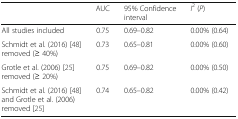
<table><thead><tr><td></td><td><b>AUC</b></td><td><b>95% Confidence interval</b></td><td><b><i>I</i><sup>2</sup> (<i>P</i>)</b></td></tr></thead><tbody><tr><td>All studies included</td><td>0.75</td><td>0.69–0.82</td><td>0.00% (0.64)</td></tr><tr><td>Schmidt et al. (2016) [48] removed (≥ 40%)</td><td>0.73</td><td>0.65–0.81</td><td>0.00% (0.60)</td></tr><tr><td>Grotle et al. (2006) [25] removed (≥ 20%)</td><td>0.75</td><td>0.69–0.82</td><td>0.00% (0.50)</td></tr><tr><td>Schmidt et al. (2016) [48] and Grotle et al. (2006) removed [25]</td><td>0.74</td><td>0.65–0.82</td><td>0.00% (0.42)</td></tr></tbody></table>